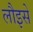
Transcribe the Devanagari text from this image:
लौइसे